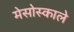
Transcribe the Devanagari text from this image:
मेसोस्काले